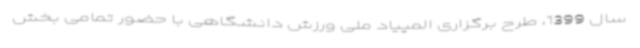
سال 1399، طرح برگزاری المپیاد ملی ورزش دانشگاهی با حضور تمامی بخش